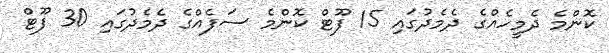
ކޮންމެ ދެމީހެއްގެ ދެމެދުގައި 15 ފޫޓް ކޮންމެ ސަފެއްގެ ދެމެދުގައި 30 ފޫޓް